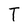
Character: T